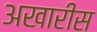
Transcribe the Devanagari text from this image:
अखारीस